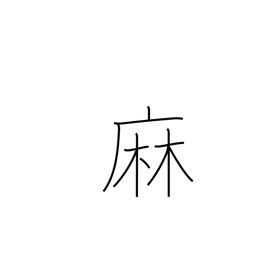
Meaning: hemp